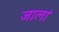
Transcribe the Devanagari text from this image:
जालां